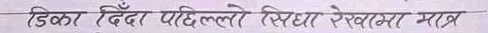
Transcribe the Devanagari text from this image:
डिस्क दिँदा पहिल्लो सिधा रेखमा मात्र